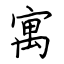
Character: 寓